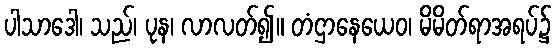
ပါသာဒေါ၊ သည်၊ ပုန၊ လာလတ်၍။ တံဌာနေယေဝ၊ မိမိတ်ရာအရပ်၌